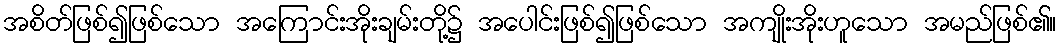
အစိတ်ဖြစ်၍ဖြစ်သော အကြောင်းအိုးချမ်းတို့၌ အပေါင်းဖြစ်၍ဖြစ်သော အကျိုးအိုးဟူသော အမည်ဖြစ်၏။